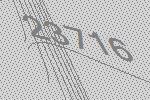
23716